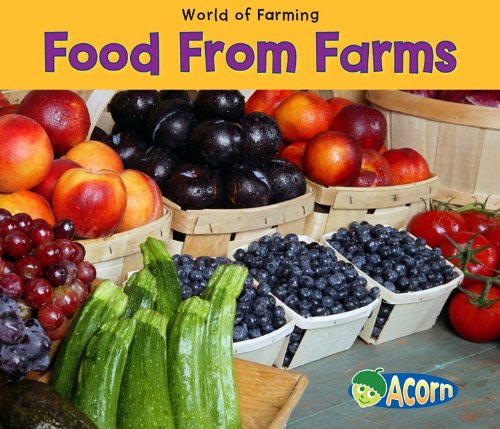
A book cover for Food From Farms (World of Farming); Nancy Dickmann; Children's Books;